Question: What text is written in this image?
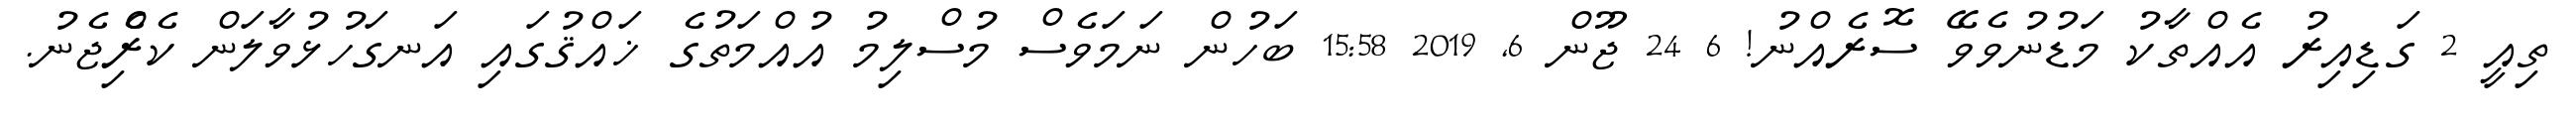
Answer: ތިއީ 2 ގަޑިއިރު އެއްތާކު މަޑުނުވެވޭ ސޮރެއްނު! 6 24 ޖޫން 6, 2019 15:58 ބަހުން ނަމަވެސް މުސްލިމު އުއްމަތުގެ ޚައްޤުގައި އަނގަހުޅުވާލަން ކެރިެްޖެނު.